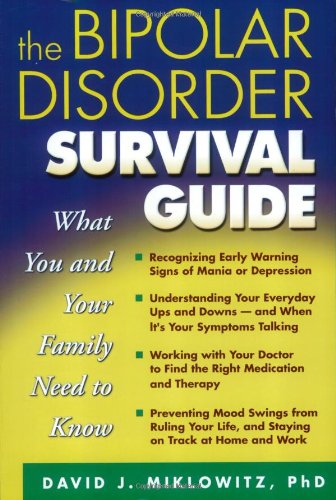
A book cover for The Bipolar Disorder Survival Guide: What You and Your Family Need to Know; David J. Miklowitz; Health, Fitness & Dieting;